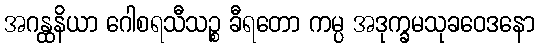
အဂန္ထနိယာ ဂေါစရသီသဉ္စ ခီရတော ကမ္ပ အဒုက္ခမသုခဝေဒနော